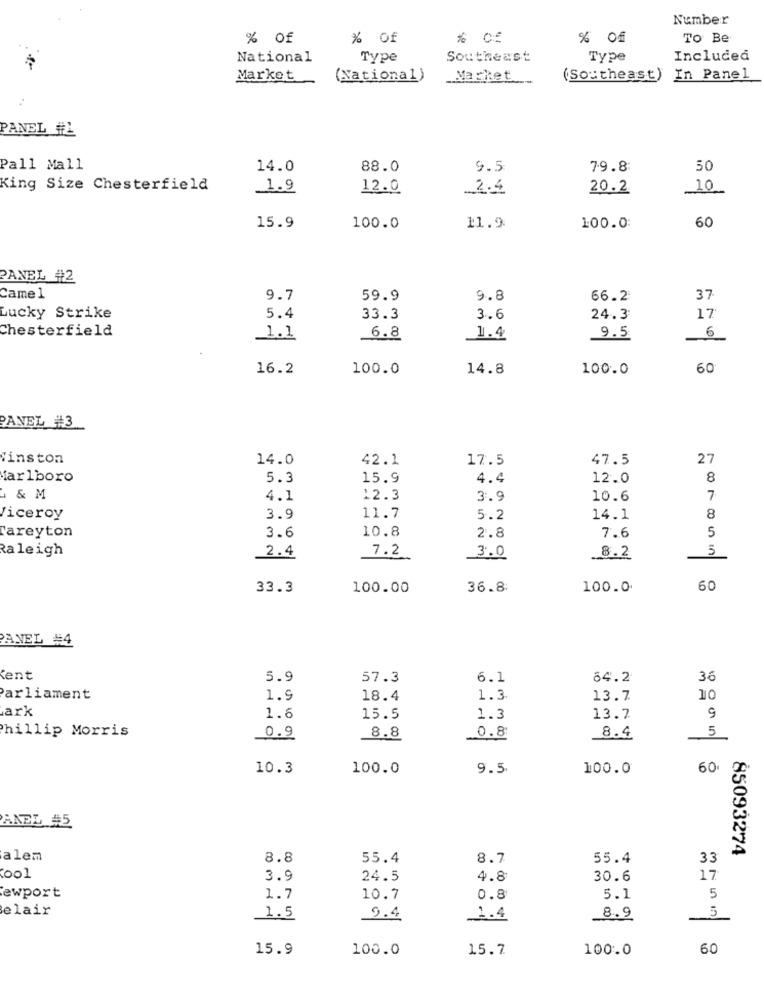
Number
% of
% Of
% Of
To Be
National
Type
Southeast
Type
Included
Market
(National)
Market
(Southeast) In Panel
PANEL #L
Pall Mall
14.0
88.0
9.5
79.8:
50
King Size Chesterfield
_1.9
12.0
2.4
20.2
10
60
15.9
100.0
11.9
100.0:
PANEL #2
Came 1
9.7
59.9
9.8
66.2
37
Lucky Strike
5.4
33.3
3.6
24.3
17
Chesterfield
6
1.1
6.8
1.4
9.5
16.2
100.0
14.8
100.0
60
PANEL #3
Winston
14.0
42.1
17.5
47.5
27
farlboro
5.3
15.9
4.4
12.0
8
& M
4.1
12.3
3.9
10.6
7
ficeroy
3.9
11.7
5.2
14.1
8
3.6
10.8
2.8
5
Careyton
7.6
5
Raleigh
2.4
7.2
3.0
8.2
33.3
100.00
36.8
100.0.
60
PANEL #4
Cent
5.9
57.3
6.1
84.2
36
Parliament
1.9
18.4
1.3
13.7
10
ark
1.6
15.5
1.3
13.7
9
hillip Morris
5
0.9
8.8
0.8
8.4
10.3
100.0
9.5
100.0
60
ANEL #5
85093274
alem
8.8
55.4
8.7
55.4
33
ool
3.9
24.5
4.8
30.6
17
ewport
1.7
10.7
0.8
5.1
5
elair
5
1.5
9.4
2.4
8.9
15.9
100.0
15.7
100.0
60